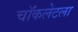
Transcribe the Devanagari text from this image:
चॉकलेटला